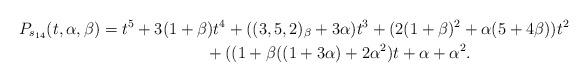
LaTeX: \begin{gather*}P_{s_{14}}(t,\alpha,\beta)= t^{5}+3(1+\beta) t^{4}+((3,5,2)_{\beta}+3 \alpha) t^{3}+ (2(1+\beta)^2+\alpha(5+4 \beta)) t^{2}\\\hphantom{P_{s_{14}}(t,\alpha,\beta)=}{}+((1+\beta((1+3 \alpha)+2 \alpha^{2}) t +\alpha + \alpha^{2}.\end{gather*}